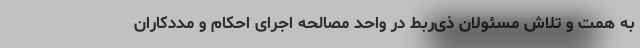
به همت و تلاش مسئولان ذی‌ربط در واحد مصالحه اجرای احکام و مددکاران